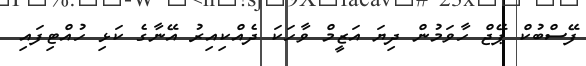
ފޭސްބުކް ޕޭޖް ހާވަމުން ދިޔަ އަޒީމް ވާހަކަ ދެއްކިއިރު އޭނާގެ ކަޅި ހުއްޓިފައި